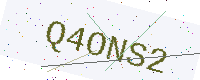
Text: Q4ONS2